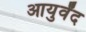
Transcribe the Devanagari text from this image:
आयुर्वेंद